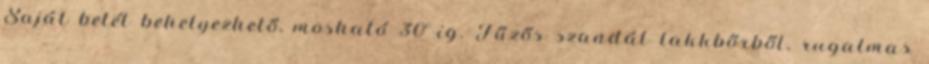
Saját betét behelyezhető, mosható 30°-ig. Fűzős szandál lakkbőrből, rugalmas